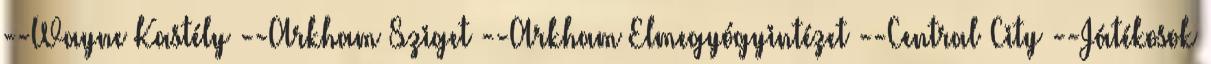
--Wayne Kastély --Arkham Sziget --Arkham Elmegyógyintézet --Central City --Játékosok